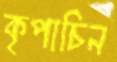
কৃপাচিন